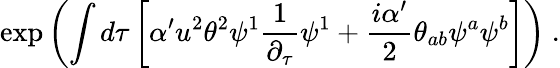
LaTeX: \exp\left(\int d\tau\left[\alpha^{\prime}u^{2}\theta^{2}\psi^{1}\frac{1}{\partial_{\tau}}\psi^{1}+\frac{i\alpha^{\prime}}{2}\theta_{ab}\psi^{a}\psi^{b}\right]\right)\ .